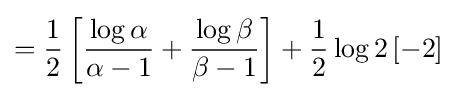
={\frac {1}{2}}\left[{\frac {\log \alpha }{\alpha -1}}+{\frac {\log \beta }{\beta -1}}\right]+{\frac {1}{2}}\log 2\left[-2\right]